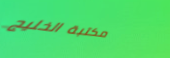
مكتبة الخليج